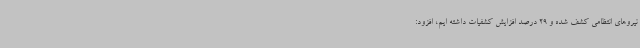
نیروهای انتظامی کشف شده و 29 درصد افزایش کشفیات داشته ایم، افزود: